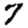
Digit: 7